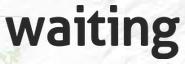
waiting